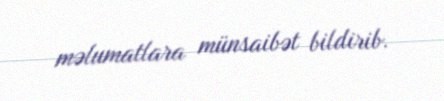
məlumatlara münsaibət bildirib.